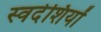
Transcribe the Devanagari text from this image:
स्वदेशियों